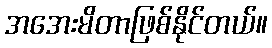
အအေးမိတာဖြစ်နိုင်တယ်။